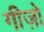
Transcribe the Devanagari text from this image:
गीज़ो